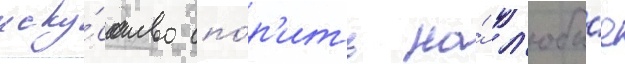
иску́сство спо́р'ить на́ л'юбы́е